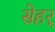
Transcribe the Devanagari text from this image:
सेहर्